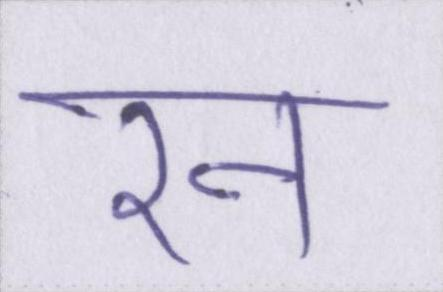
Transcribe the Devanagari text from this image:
रन